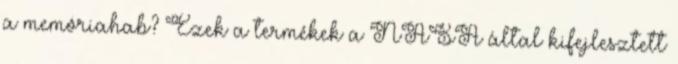
a memóriahab? Ezek a termékek a NASA által kifejlesztett